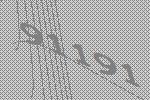
91191